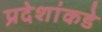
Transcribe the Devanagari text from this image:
प्रदेशांकडे